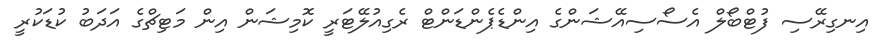
އިނގިރޭސި ފުޓްބޯލް އެސޯސިއޭޝަންގެ އިންޑެޕެންޑަންޓް ރެގިއުލޭޓަރީ ކޮމިޝަން އިން މަޓިޗްގެ އަދަބު ކުޑަކުރީ